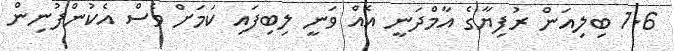
1.6 ބިލިއަން ރުފިޔާގެ އާމްދަނީ އެއް ވަނީ ލިބިފައި ކަމަށް ވެސް އެކުންފުނިން